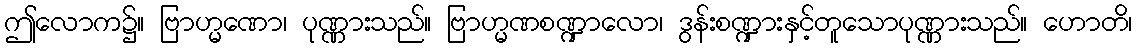
ဤလောက၌။ ဗြာဟ္မဏော၊ ပုဏ္ဏားသည်။ ဗြာဟ္မဏစဏ္ဍာလော၊ ဒွန်းစဏ္ဍားနှင့်တူသောပုဏ္ဏားသည်။ ဟောတိ၊